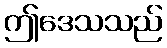
ဤဒေသသည်